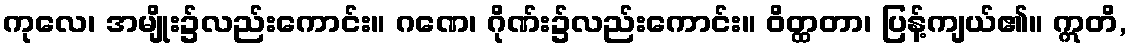
ကုလေ၊ အမျိုး၌လည်းကောင်း။ ဂဏေ၊ ဂိုဏ်း၌လည်းကောင်း။ ဝိတ္ထတာ၊ ပြန့်ကျယ်၏။ ဣတိ,